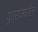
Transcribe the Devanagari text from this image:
पुत्रांमधील